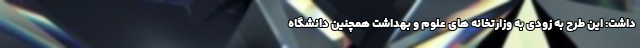
داشت: این طرح به زودی به وزارتخانه های علوم و بهداشت همچنین دانشگاه